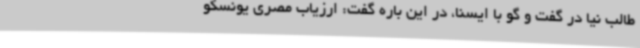
طالب نیا در گفت و گو با ایسنا، در این باره گفت: ارزیاب مصری یونسکو